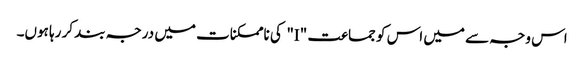
اس وجہ سے میں اس کو جماعت "I" کی ناممکنات میں درجہ بند کر رہا ہوں۔